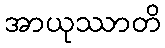
အာယုဿာတိ